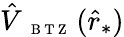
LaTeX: \hat{V}_{\mathrm{~{~\scriptsize~B~T~Z~}~}}(\hat{r}_{*})